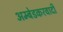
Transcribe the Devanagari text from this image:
अम्‍बेडकरवादी